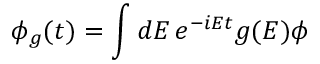
\phi _ { g } ( t ) = \int d E \, e ^ { - i E t } g ( E ) \phi